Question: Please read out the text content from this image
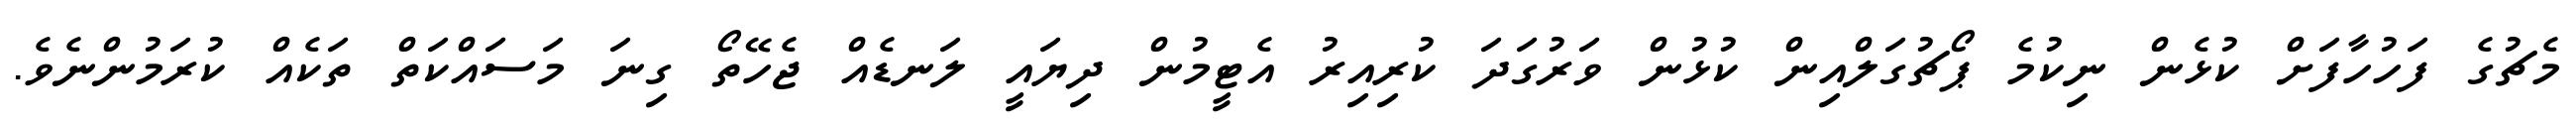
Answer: މެޗުގެ ފަހުހާފަށް ކުޅެން ނިކުމެ ޕޯޗުގަލްއިން ކުޅުން ވަރުގަދަ ކުރިއިރު އެޓީމުން ދިޔައީ ލަނޑެއް ޖެހޭތޯ ގިނަ މަސައްކަތް ތަކެއް ކުރަމުންނެވެ.